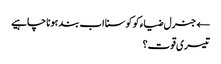
← جنرل ضیاء کو کوسنا اب بند ہونا چاہیے
تیسری قوت؟